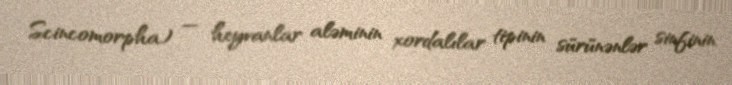
Scincomorpha) — heyvanlar aləminin xordalılar tipinin sürünənlər sinfinin